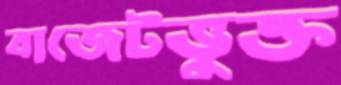
বাজেটভুক্ত